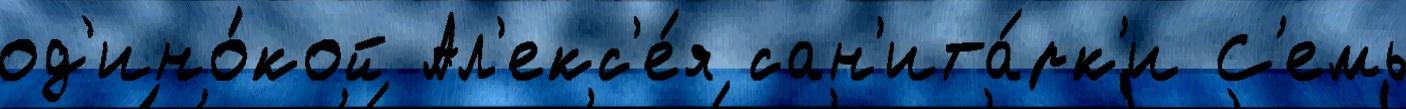
од'ино́кой Ал'екс'е́я сан'ита́рк'и С'емь